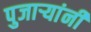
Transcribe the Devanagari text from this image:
पुजाऱ्यांनी